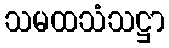
သမထသံသဋ္ဌာ